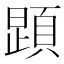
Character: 𲊱